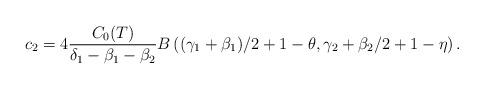
LaTeX: \begin{align*}c_2=4\frac{C_0(T)}{ \delta_1 -\beta_1- \beta_2} B\left((\gamma_1+\beta_1)/2+1-\theta,{\gamma_2+\beta_2}/{2}+1-\eta\right).\end{align*}